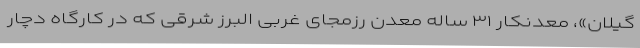
گیلان»، معدنکار ۳۱ ساله معدن رزمجای غربی البرز شرقی که در کارگاه دچار